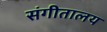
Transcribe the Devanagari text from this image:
संगीतालय